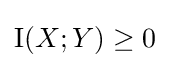
\operatorname {I} (X;Y)\geq 0